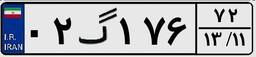
۷۴گ۲۳۰۸۴